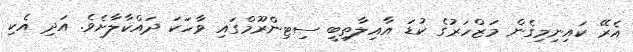
އެރޭ ކައިނިމިގެން މަޒްހަރުގެ ކުޑަ އާއިލާތިބީ ސިޓިންރޫމްގައި ވާހަކަ ދައްކާލާށެވެ. އަދި އެކި